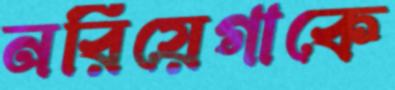
নরিয়েগাকে